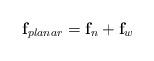
LaTeX: \begin{align*}\mathbf{f}_{planar} = \mathbf{f}_n + \mathbf{f}_{w}\end{align*}